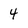
Character: 4